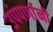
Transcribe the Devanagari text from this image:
उपपर्णानी